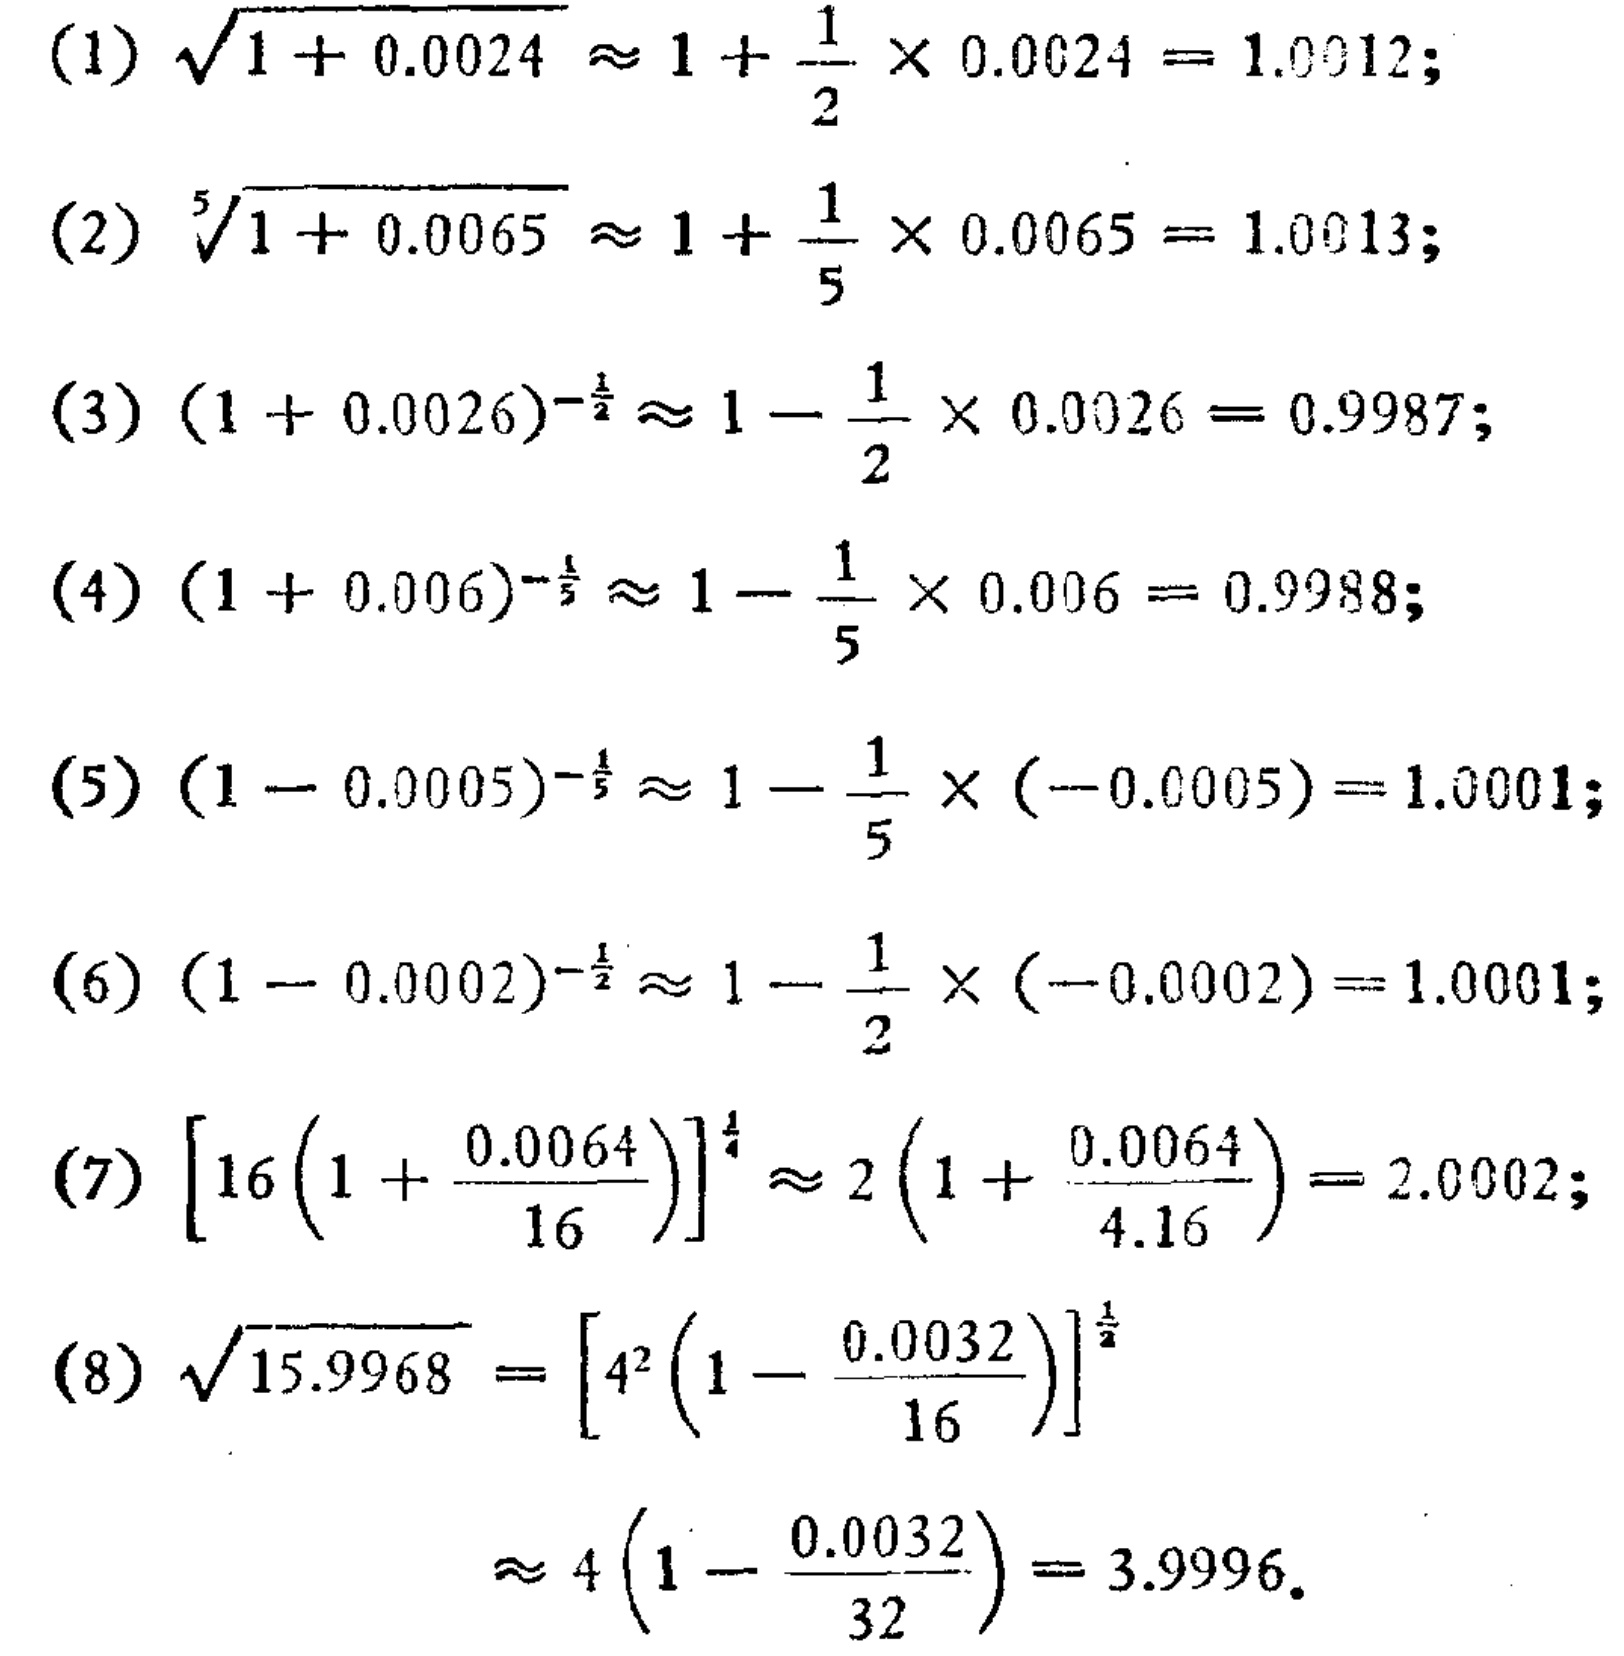
(1) \(\sqrt{1 + 0.0024} \approx 1+\frac{1}{2} \times 0.0024 = 1.0012\);
(2) \(\sqrt[5]{1 + 0.0065} \approx 1+\frac{1}{5} \times 0.0065 = 1.0013\);
(3) \((1 + 0.0026)^{-\frac{1}{2}} \approx 1-\frac{1}{2} \times 0.0026 = 0.9987\);
(4) \((1 + 0.006)^{-\frac{1}{5}} \approx 1-\frac{1}{5} \times 0.006 = 0.9988\);
(5) \((1 - 0.0005)^{-\frac{1}{5}} \approx 1-\frac{1}{5} \times (-0.0005)=1.0001\);
(6) \((1 - 0.0002)^{-\frac{1}{2}} \approx 1-\frac{1}{2} \times (-0.0002)=1.0001\);
(7) \(\left[16\left(1 + \frac{0.0064}{16}\right)\right]^{\frac{1}{4}} \approx 2\left(1 + \frac{0.0064}{4.16}\right)=2.0002\);
(8) \(\sqrt{15.9968}=\left[4^{2}\left(1 - \frac{0.0032}{16}\right)\right]^{\frac{1}{2}}\)
\(\approx 4\left(1 - \frac{0.0032}{32}\right)=3.9996\).